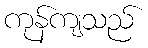
ကုန်ကျသည်